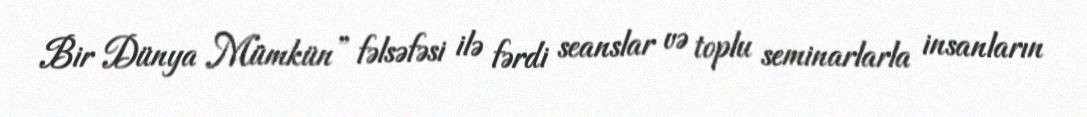
Bir Dünya Mümkün” fəlsəfəsi ilə fərdi seanslar və toplu seminarlarla insanların